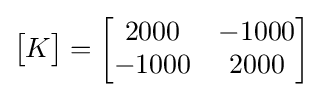
{\begin{bmatrix}K\end{bmatrix}}={\begin{bmatrix}2000&-1000\\-1000&2000\end{bmatrix}}